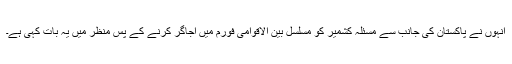
انہوں نے پاکستان کی جانب سے مسئلہ کشمیر کو مسلسل بین الاقوامی فورم میں اُجاگر کرنے کے پس منظر میں یہ بات کہی ہے۔